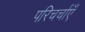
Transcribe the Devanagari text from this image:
परिचर्चाएँ